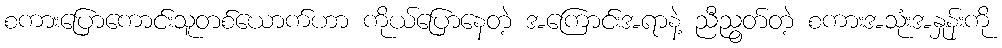
စကားပြောကောင်းသူတစ်ယောက်ဟာ ကိုယ်ပြောနေတဲ့ အကြောင်းအရာနဲ့ ညီညွတ်တဲ့ စကားအသုံးအနှုန်းကို